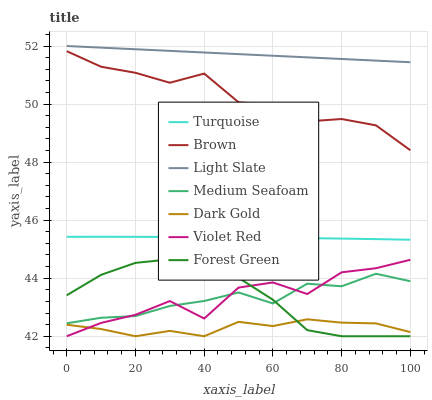
| xaxis_label | Turquoise | Brown | Light Slate | Medium Seafoam | Dark Gold | Violet Red | Forest Green |
 | --- | --- | --- | --- | --- | --- | --- | --- |
 | 0 | 45.4 | 51.8 | 52 | 42.4 | 42.4 | 42 | 43.4 |
 | 10 | 45.4 | 51.3 | 51.9 | 42.6 | 42.2 | 42.5 | 44.1 |
 | 20 | 45.4 | 51.1 | 51.9 | 42.7 | 42 | 42.7 | 44.5 |
 | 30 | 45.4 | 50.7 | 51.8 | 43 | 42.2 | 43.2 | 44.6 |
 | 40 | 45.4 | 51.1 | 51.8 | 43.2 | 42 | 42.6 | 44.5 |
 | 50 | 45.4 | 50.1 | 51.7 | 43.5 | 42.5 | 43.7 | 44 |
 | 60 | 45.4 | 50 | 51.7 | 43.1 | 42.4 | 43.9 | 43.3 |
 | 70 | 45.4 | 49.4 | 51.6 | 43.8 | 42.6 | 43.5 | 42.2 |
 | 80 | 45.4 | 49.5 | 51.6 | 43.7 | 42.5 | 44.2 | 42 |
 | 90 | 45.3 | 49.3 | 51.5 | 44.2 | 42.4 | 44.3 | 42 |
 | 100 | 45.3 | 48.4 | 51.4 | 43.9 | 42.1 | 44.6 | 42 |